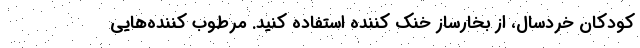
کودکان خردسال، از بخارساز خنک کننده استفاده کنید. مرطوب‌ کننده‌هایی